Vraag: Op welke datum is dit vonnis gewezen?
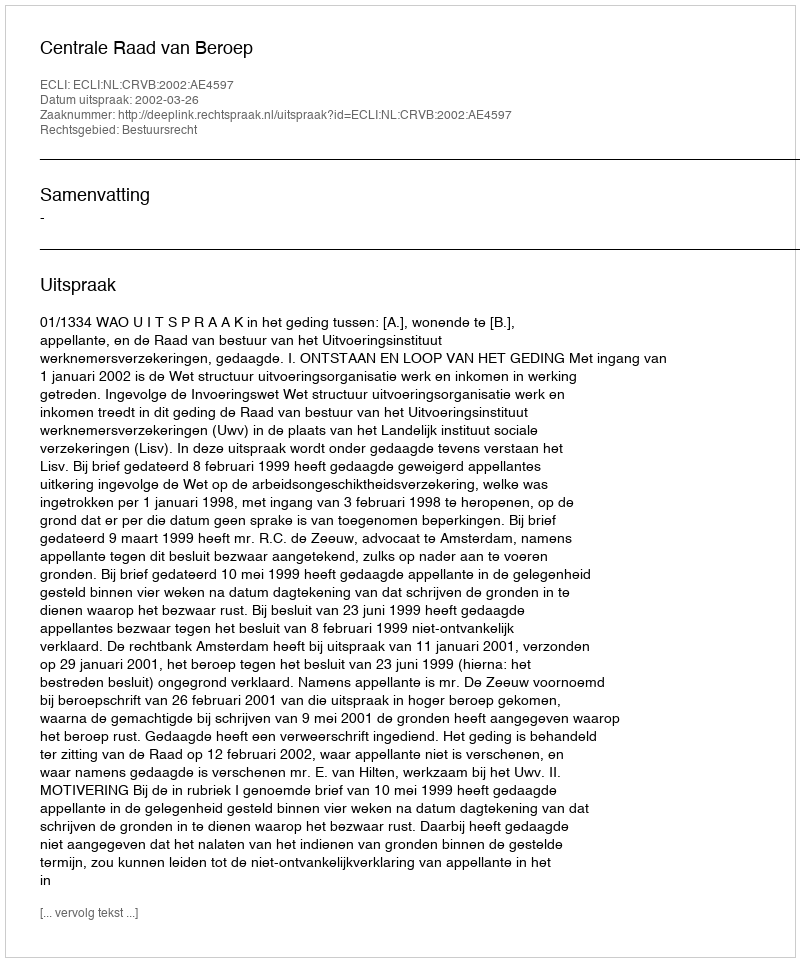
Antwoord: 2002-03-26